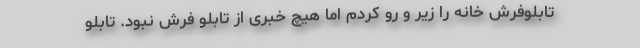
تابلوفرش خانه را زیر و رو کردم اما هیچ خبری از تابلو فرش نبود. تابلو